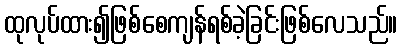
ထုလုပ်ထား၍ဖြစ်စေကျန်ရစ်ခဲ့ခြင်းဖြစ်လေသည်။